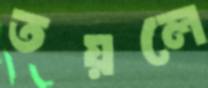
তয়লে